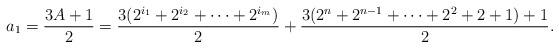
LaTeX: \begin{align*} a_1 = \frac{3A+1}{2} = \frac{3(2^{i_1} + 2^{i_2} + \cdots + 2^{i_m})}{2} + \frac{3(2^{n}+2^{n-1} + \cdots + 2^2+2+1)+1}{2}.\end{align*}